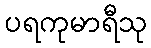
ပရကုမာရီသု